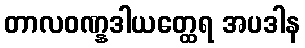
တာလဝဏ္နဒါယတ္ထေရ အပဒါန